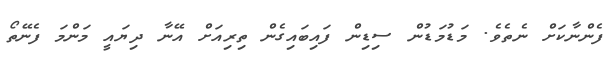
ފެންނާކަށް ނެތެވެ. މަޑުމަޑުން ސިޑިން ފައިބައިގެން ތިރިއަށް އޭނާ ދިޔައީ މަންމަ ފެނޭތޯ